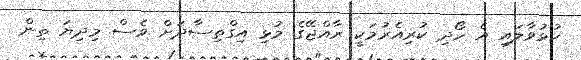
ހުޅުވާލައި އެ ހޯދި ކުރިއެރުމަކީ ރާއްޖޭގެ މުޅި އިގްތިސާދަށް ވެސް މިދިޔަ ތިން